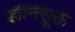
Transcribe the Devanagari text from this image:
ज्ञानसूक्त